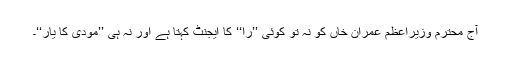
آج محترم وزیرِاعظم عمران خاں کو نہ تو کوئی ’’را‘‘ کا ایجنٹ کہتا ہے اور نہ ہی ’’مودی کا یار‘‘۔